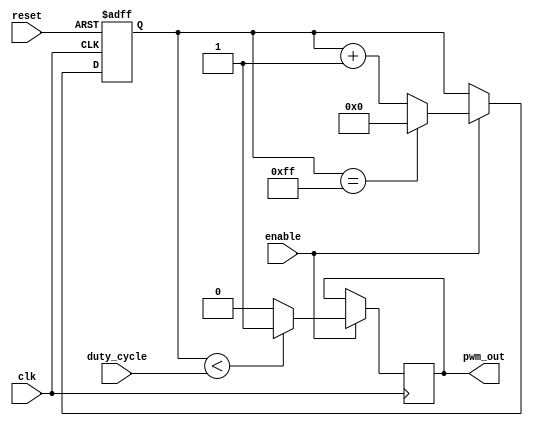
module pwm_timer (
    input clk,
    input reset,
    input enable,
    input [7:0] duty_cycle,
    output reg pwm_out
);

reg [15:0] cnt;
reg [7:0] comp;

always @(posedge clk or posedge reset) begin
    if (reset) begin
        cnt <= 16'd0;
    end else begin
        if (enable) begin
            cnt <= cnt + 1;
            if (cnt == 16'd255) begin
                cnt <= 16'd0;
            end
        end
    end
end

always @(posedge clk) begin
    if (enable) begin
        if (cnt < duty_cycle) begin
            pwm_out <= 1'b1;
        end else begin
            pwm_out <= 1'b0;
        end
    end
end

endmodule